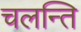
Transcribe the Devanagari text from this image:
चलन्ति